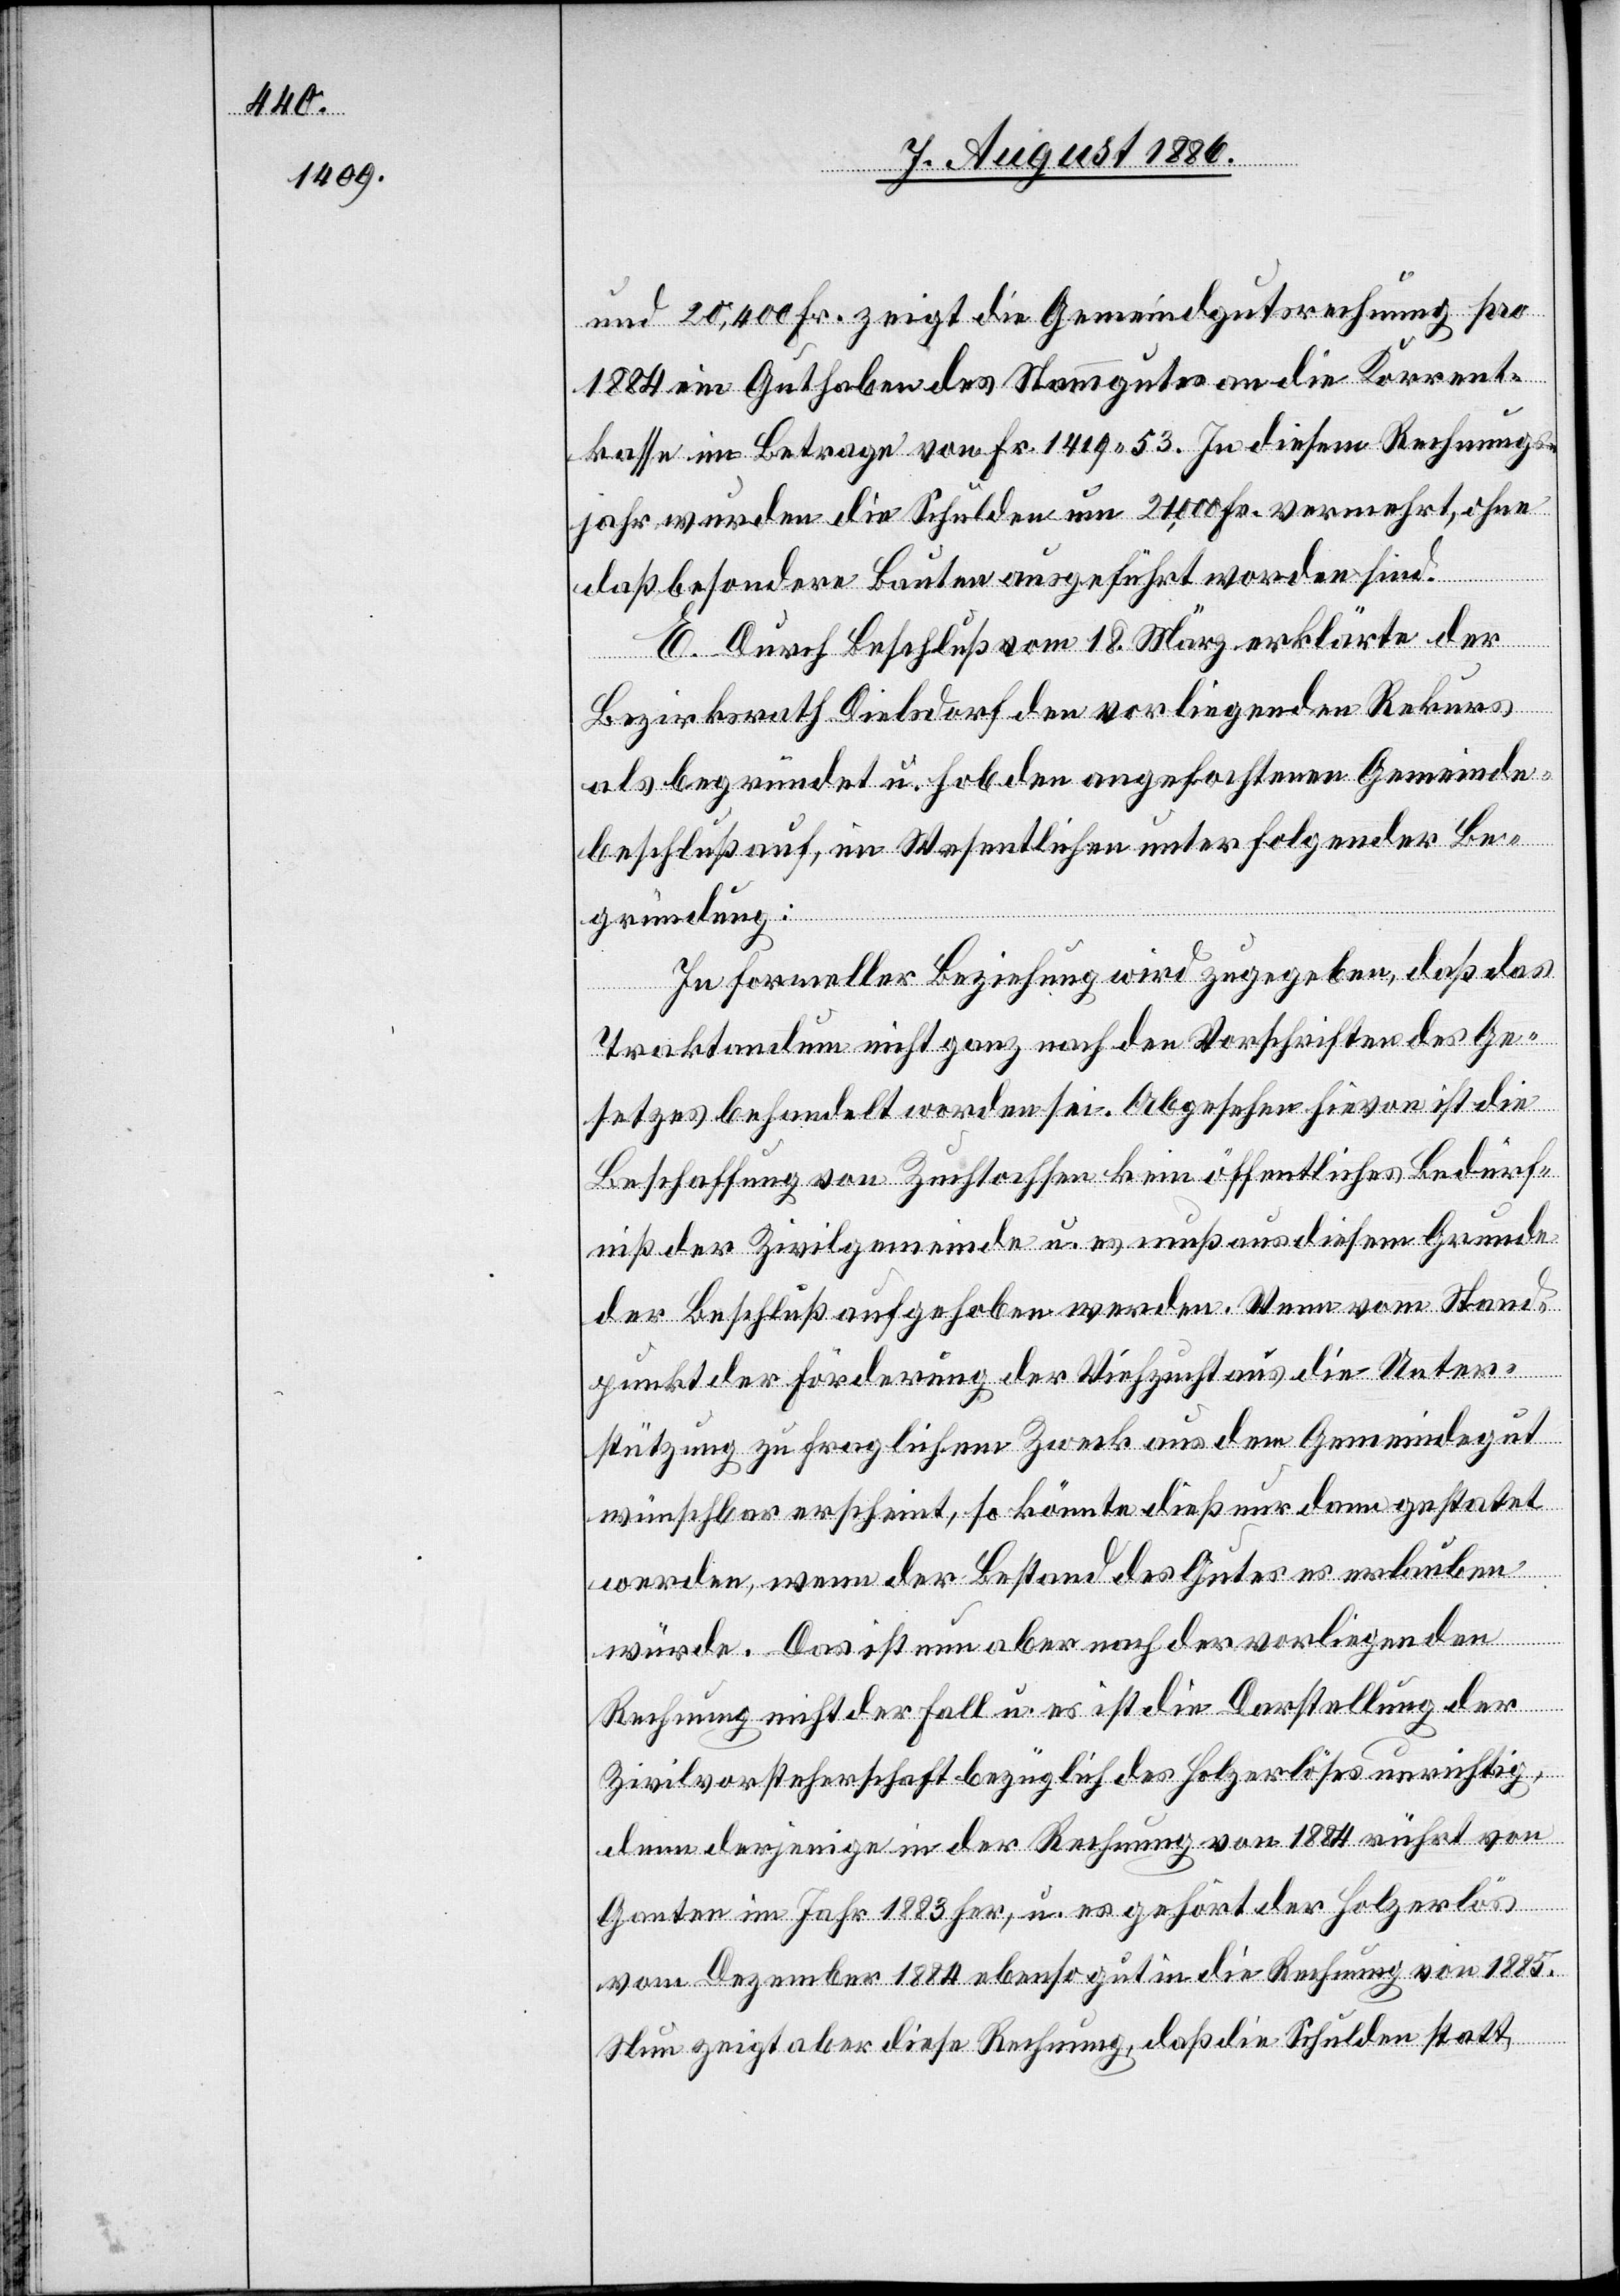
und 20,400 Fr. zeigt die Gemeindgutsrechnung pro
1884 ein Guthaben des Stammgutes an die Korrent¬
kasse im Betrage von Fr. 1419 53. In diesem Rechnungs¬
jahr wurden die Schulden um 21,000 Fr. vermehrt, ohne
daß besondere Bauten ausgeführt worden sind.
E. Durch Beschluß vom 18. März erklärte der
Bezirksrath Dielsdorf den vorliegenden Rekurs
als begründet u. hob den angefochtenen Gemeinde¬
beschluß auf, im Wesentlichen unter folgender Be¬
gründung:
In formeller Beziehung wird zugegeben, daß das
Traktandum nicht ganz nach den Vorschriften des Ge¬
setzes behandelt worden sei. Abgesehen hievon ist die
Beschaffung von Zuchtochsen kein öffentliches Bedürf¬
niß der Zivilgemeinde u. es muß aus diesem Grunde
der Beschluß aufgehoben werden. Wenn vom Stand¬
punkt der Förderung der Viehzucht aus die Unter¬
stützung zu fraglichem Zweck aus dem Gemeindegut
wünschbar erscheint, so könnte dieß nur dann gestat[t]et
werden, wenn der Bestand des Gutes es erlauben
würde. Das ist nun aber nach der vorliegenden
Rechnung nicht der Fall u. es ist die Darstellung der
Zivilvorsteherschaft bezüglich des Holzerlöses unrichtig,
denn derjenige in der Rechnung von 1884 rührt von
Ganten im Jahr 1883 her, u. es gehört der Holzerlös
von Dezember 1884 ebenso gut in die Rechnung von 1885.
Nun zeigt aber diese Rechnung, daß die Schulden statt